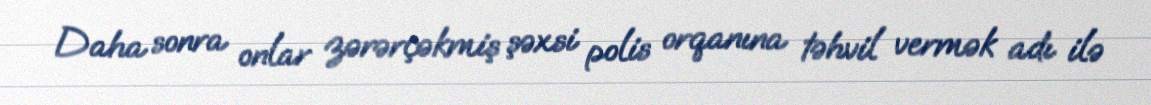
Daha sonra onlar zərərçəkmiş şəxsi polis orqanına təhvil vermək adı ilə